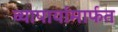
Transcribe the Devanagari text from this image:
व्यापार्यामार्फत